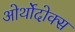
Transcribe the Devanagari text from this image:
ओर्थोदोक्स